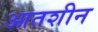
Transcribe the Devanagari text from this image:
आतशीन